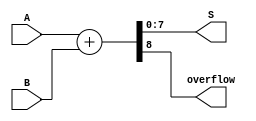
module ParametrizedAdder #(parameter N = 8) (
    input  [N-1:0] A,      // First operand
    input  [N-1:0] B,      // Second operand
    output [N-1:0] S,      // Sum
    output              overflow // Overflow flag
);

    // Compute the sum and overflow
    assign {overflow, S} = A + B;

endmodule